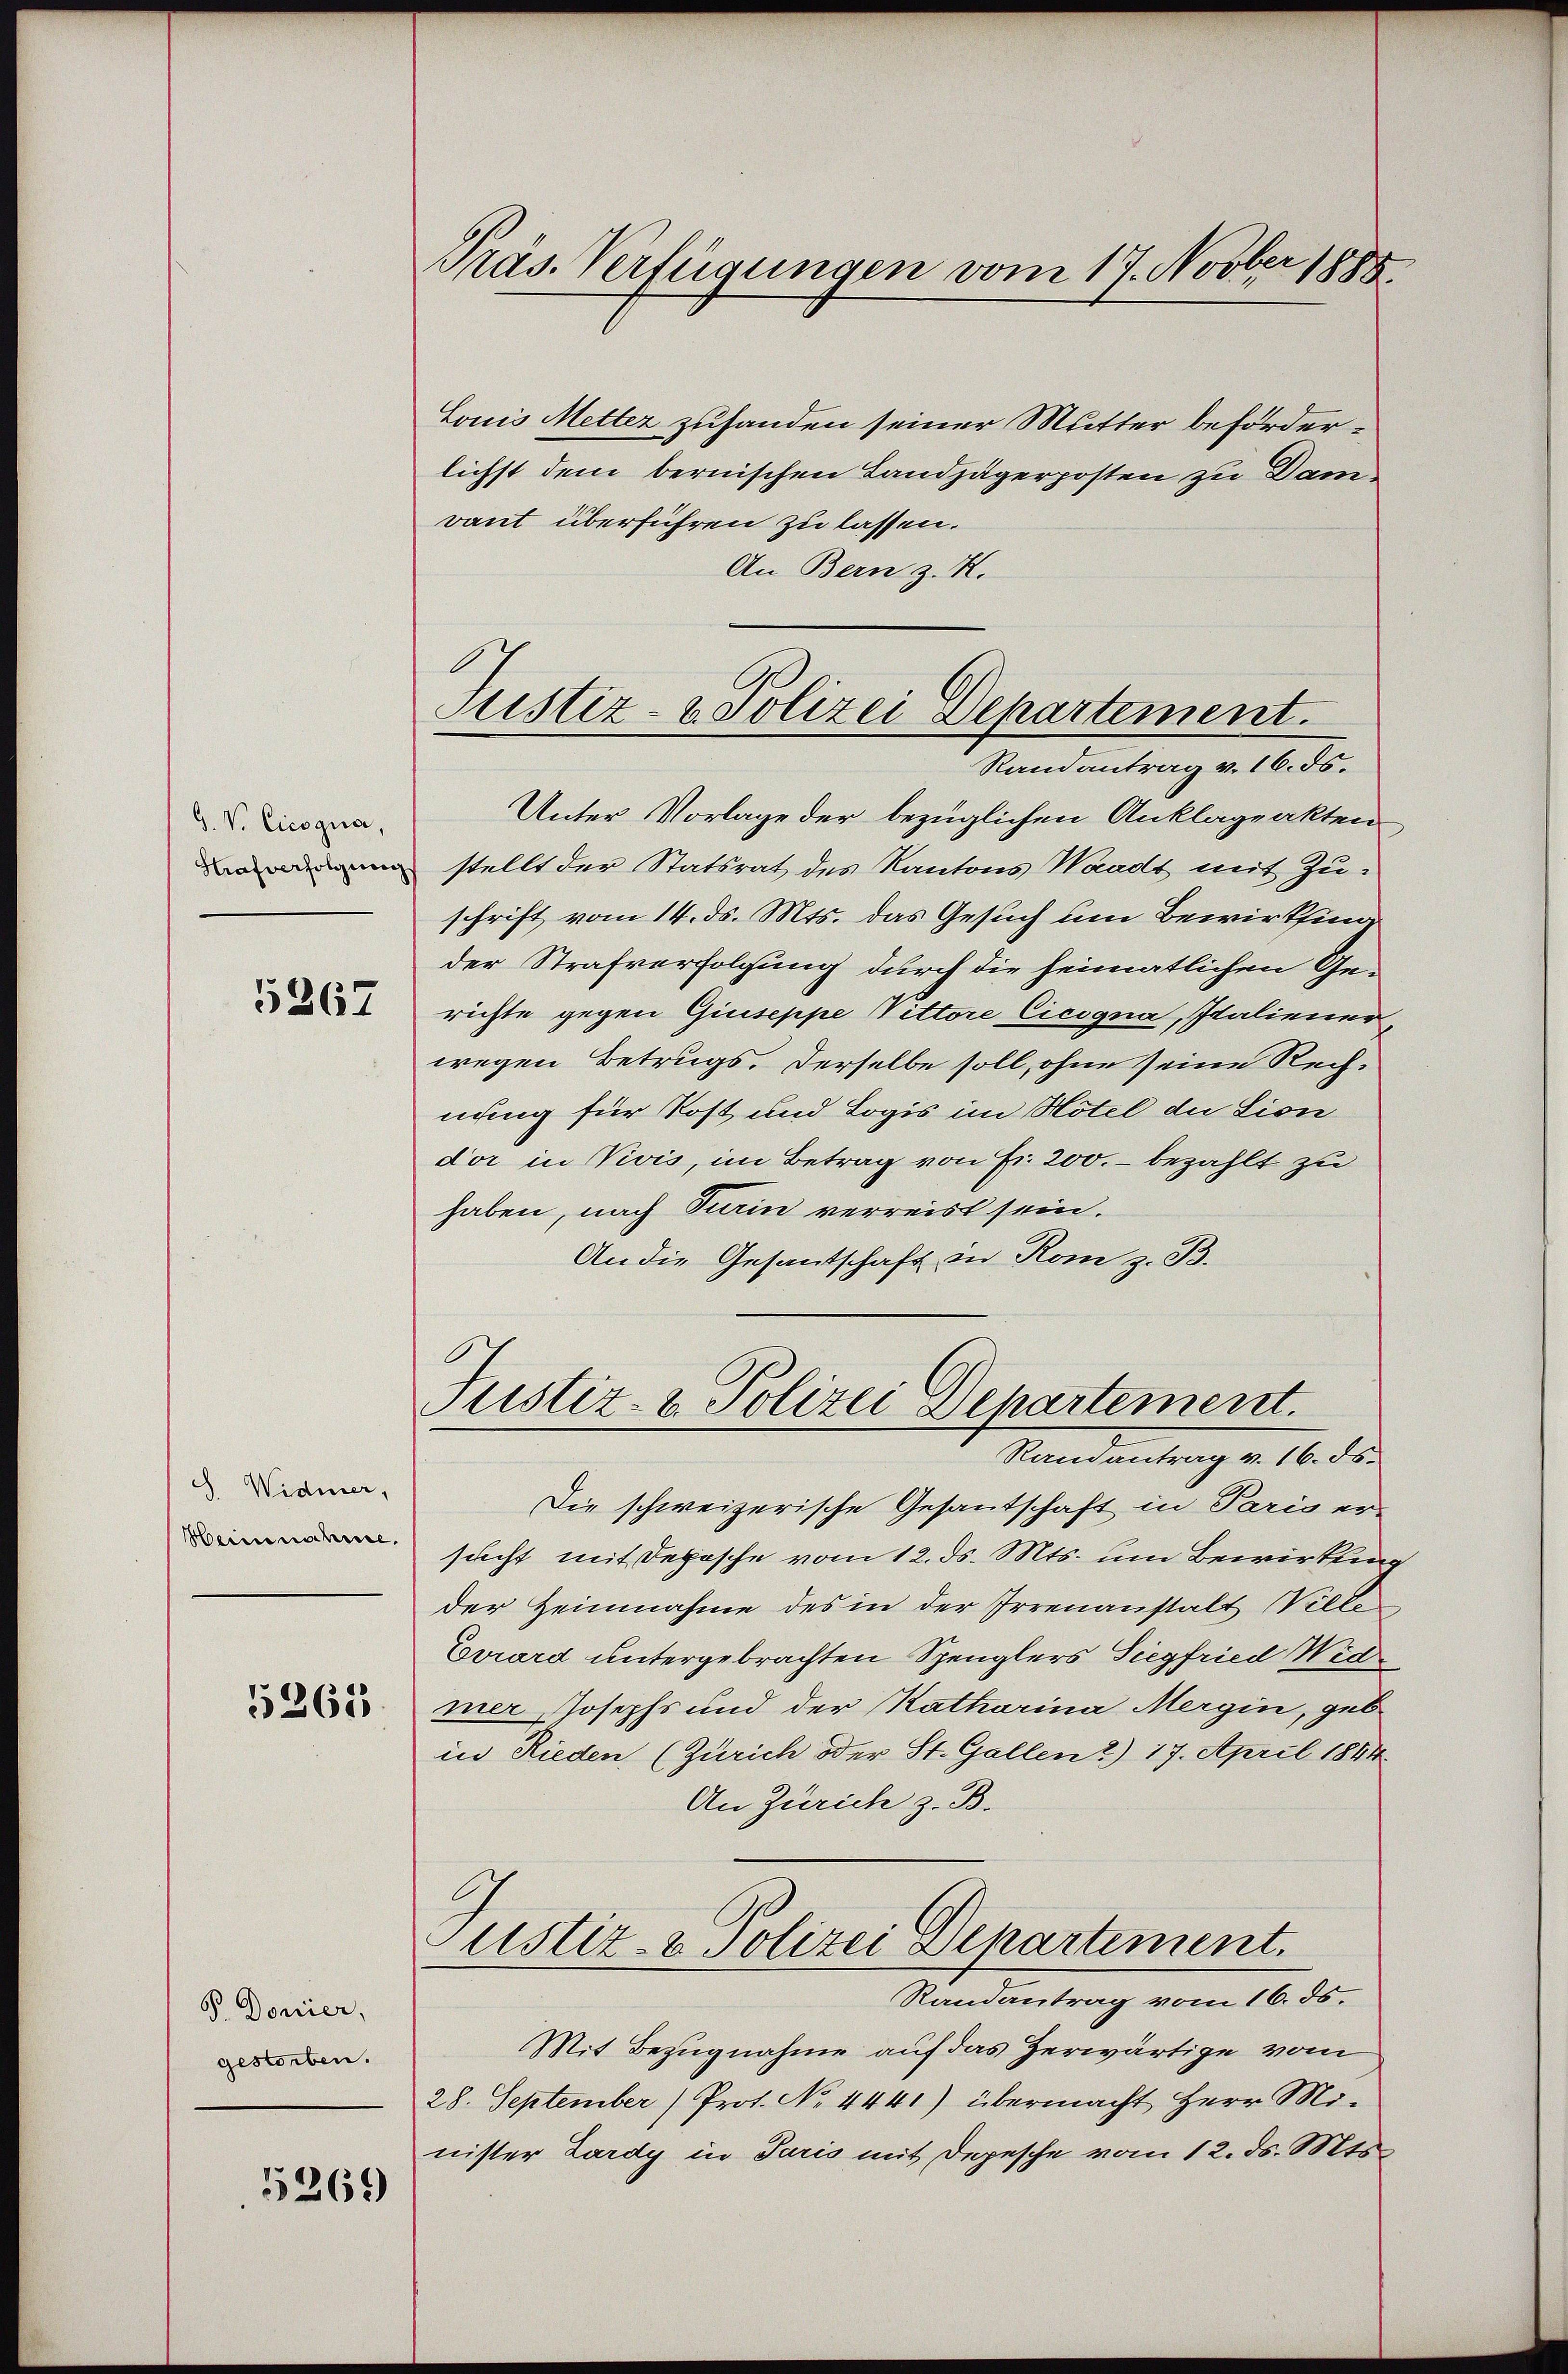
J. V. Cicogna,
Strafverfolgereg

5367

Widmer,
Heinnahme.

5265

P. Donier,
gestorben.

5269

Präs. Verfügungen vom 17. Novber 1888

Justiz- & Polizei Departement.
Randantrag v. 16. ds.

Louis Metter zuhanden seiner Mutter beförderlichst dem bernischen Landjägerposten zu Dam
vant überführen zu lassen.
An Bern z. K.
Unter Vorlage der bezüglichen Anklageakten
stellt der Statsrat des Kantons Waadt mit Zuschrift vom 14. ds. Mts. das Gesuch um Bewirkfing
der Strafverfolgung durch die heimatlichen Ge-
richte gegen Giuseppe Vittore Cicogna, Italinner
wegen Betrugs. Derselbe soll, ohne seine Rechnung für Post und Logis im Hotel die Lion
dor in Vivis, im Betrag von Fr. 200.- bezahlt zu
haben, nach Turin verreist sein.
An die Gesantschaft in Rom z. B.

Justiz- & Polizei Departement.
Ramantrag v. 16. ds.

Die schweizerische Gesantschaft in Paris er-
sucht mit Depesche vom 12. ds. Mts. um Bewirkung
der Zeinnahme des in der Irrenanstalt Wille
Evrard untergebrachten Spenglers Siegfried Widmer Josephs und der Katharina Mergin, geb
in Rieden (Zürich oder St. Gallen 2) 17. April 1884.
An Zürich z. B.
Justiz- & Polizei Departement.
Randantrag vom 16. ds.
Mit Bezugnahme auf das erwärtige vom
28. September) Prot. No 4441) übermacht Herr Minister Lardy in Paris mit Depesche vom 12. ds. Mts